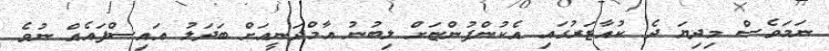
ނަމަވެސް މިދިޔަ ދެ ކުއާޓަރުގައި އެކުންފުންޏަށް ލިބުނު އާމްދަނީއަށް ބަދަލު އައިސްފައެއް ނުވެ